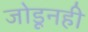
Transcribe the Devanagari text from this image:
जोडूनही